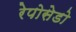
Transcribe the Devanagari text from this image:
रेपोसेडो